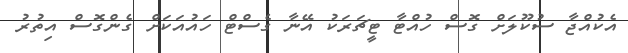
އެކުއްޖާ ސުކޫލަށް ގޮސް ހުއްޓާ ޓީޗަރަކު އޭނާ ގެސްޓް ހައުއަކަށް ގެންގޮސް އިތުރު